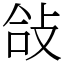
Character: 敆